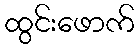
ထွင်းဖောက်